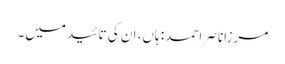
مرزاناصر احمد: ہاں، ان کی تائید میں۔